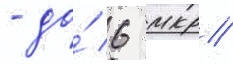
- до́ 6 мкр/